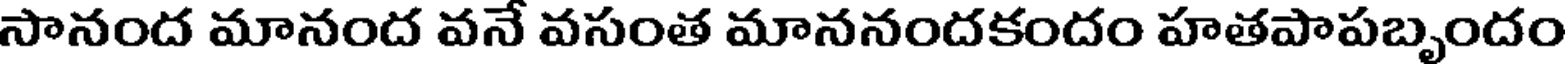
సానంద మానంద వనే వసంత మాననందకందం హతపాపబృందం